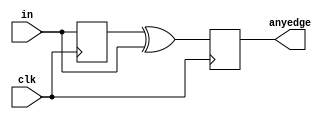
module top_module (
    input clk,
    input [7:0] in,
    output [7:0] anyedge
);
    reg[7:0] previous;
    always@(posedge clk)begin
    	previous <= in;
        anyedge <= previous ^ in;
    end
endmodule